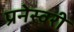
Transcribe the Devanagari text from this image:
प्रनेस्वरी